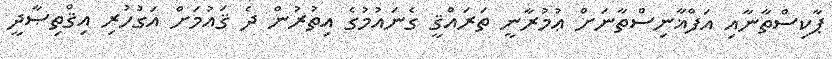
ޕާކިސްތާނާއި އަފްޣާނިސްތާނަށް ޢުމުރާނީ ތަރައްޤީ ގެނައުމުގެ އިތުރުން ދެ ޤައުމަށް އަގުހުރި އިޤްތިޞާދީ